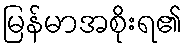
မြန်မာအစိုးရ၏